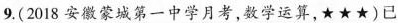
9.(2018安徽蒙城第一中学月考，数学运算，★★★)已